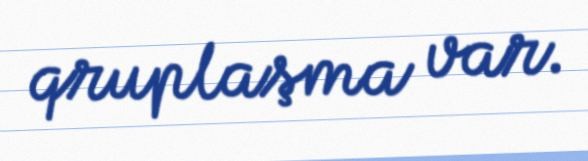
qruplaşma var.